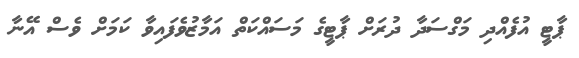
ޕާޓީ އުފެއްދި މަގްސަދާ ދުރަށް ޕާޓީގެ މަސައްކަތް އަމާޒުވެފައިވާ ކަމަށް ވެސް އޭނާ